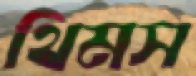
থিমস